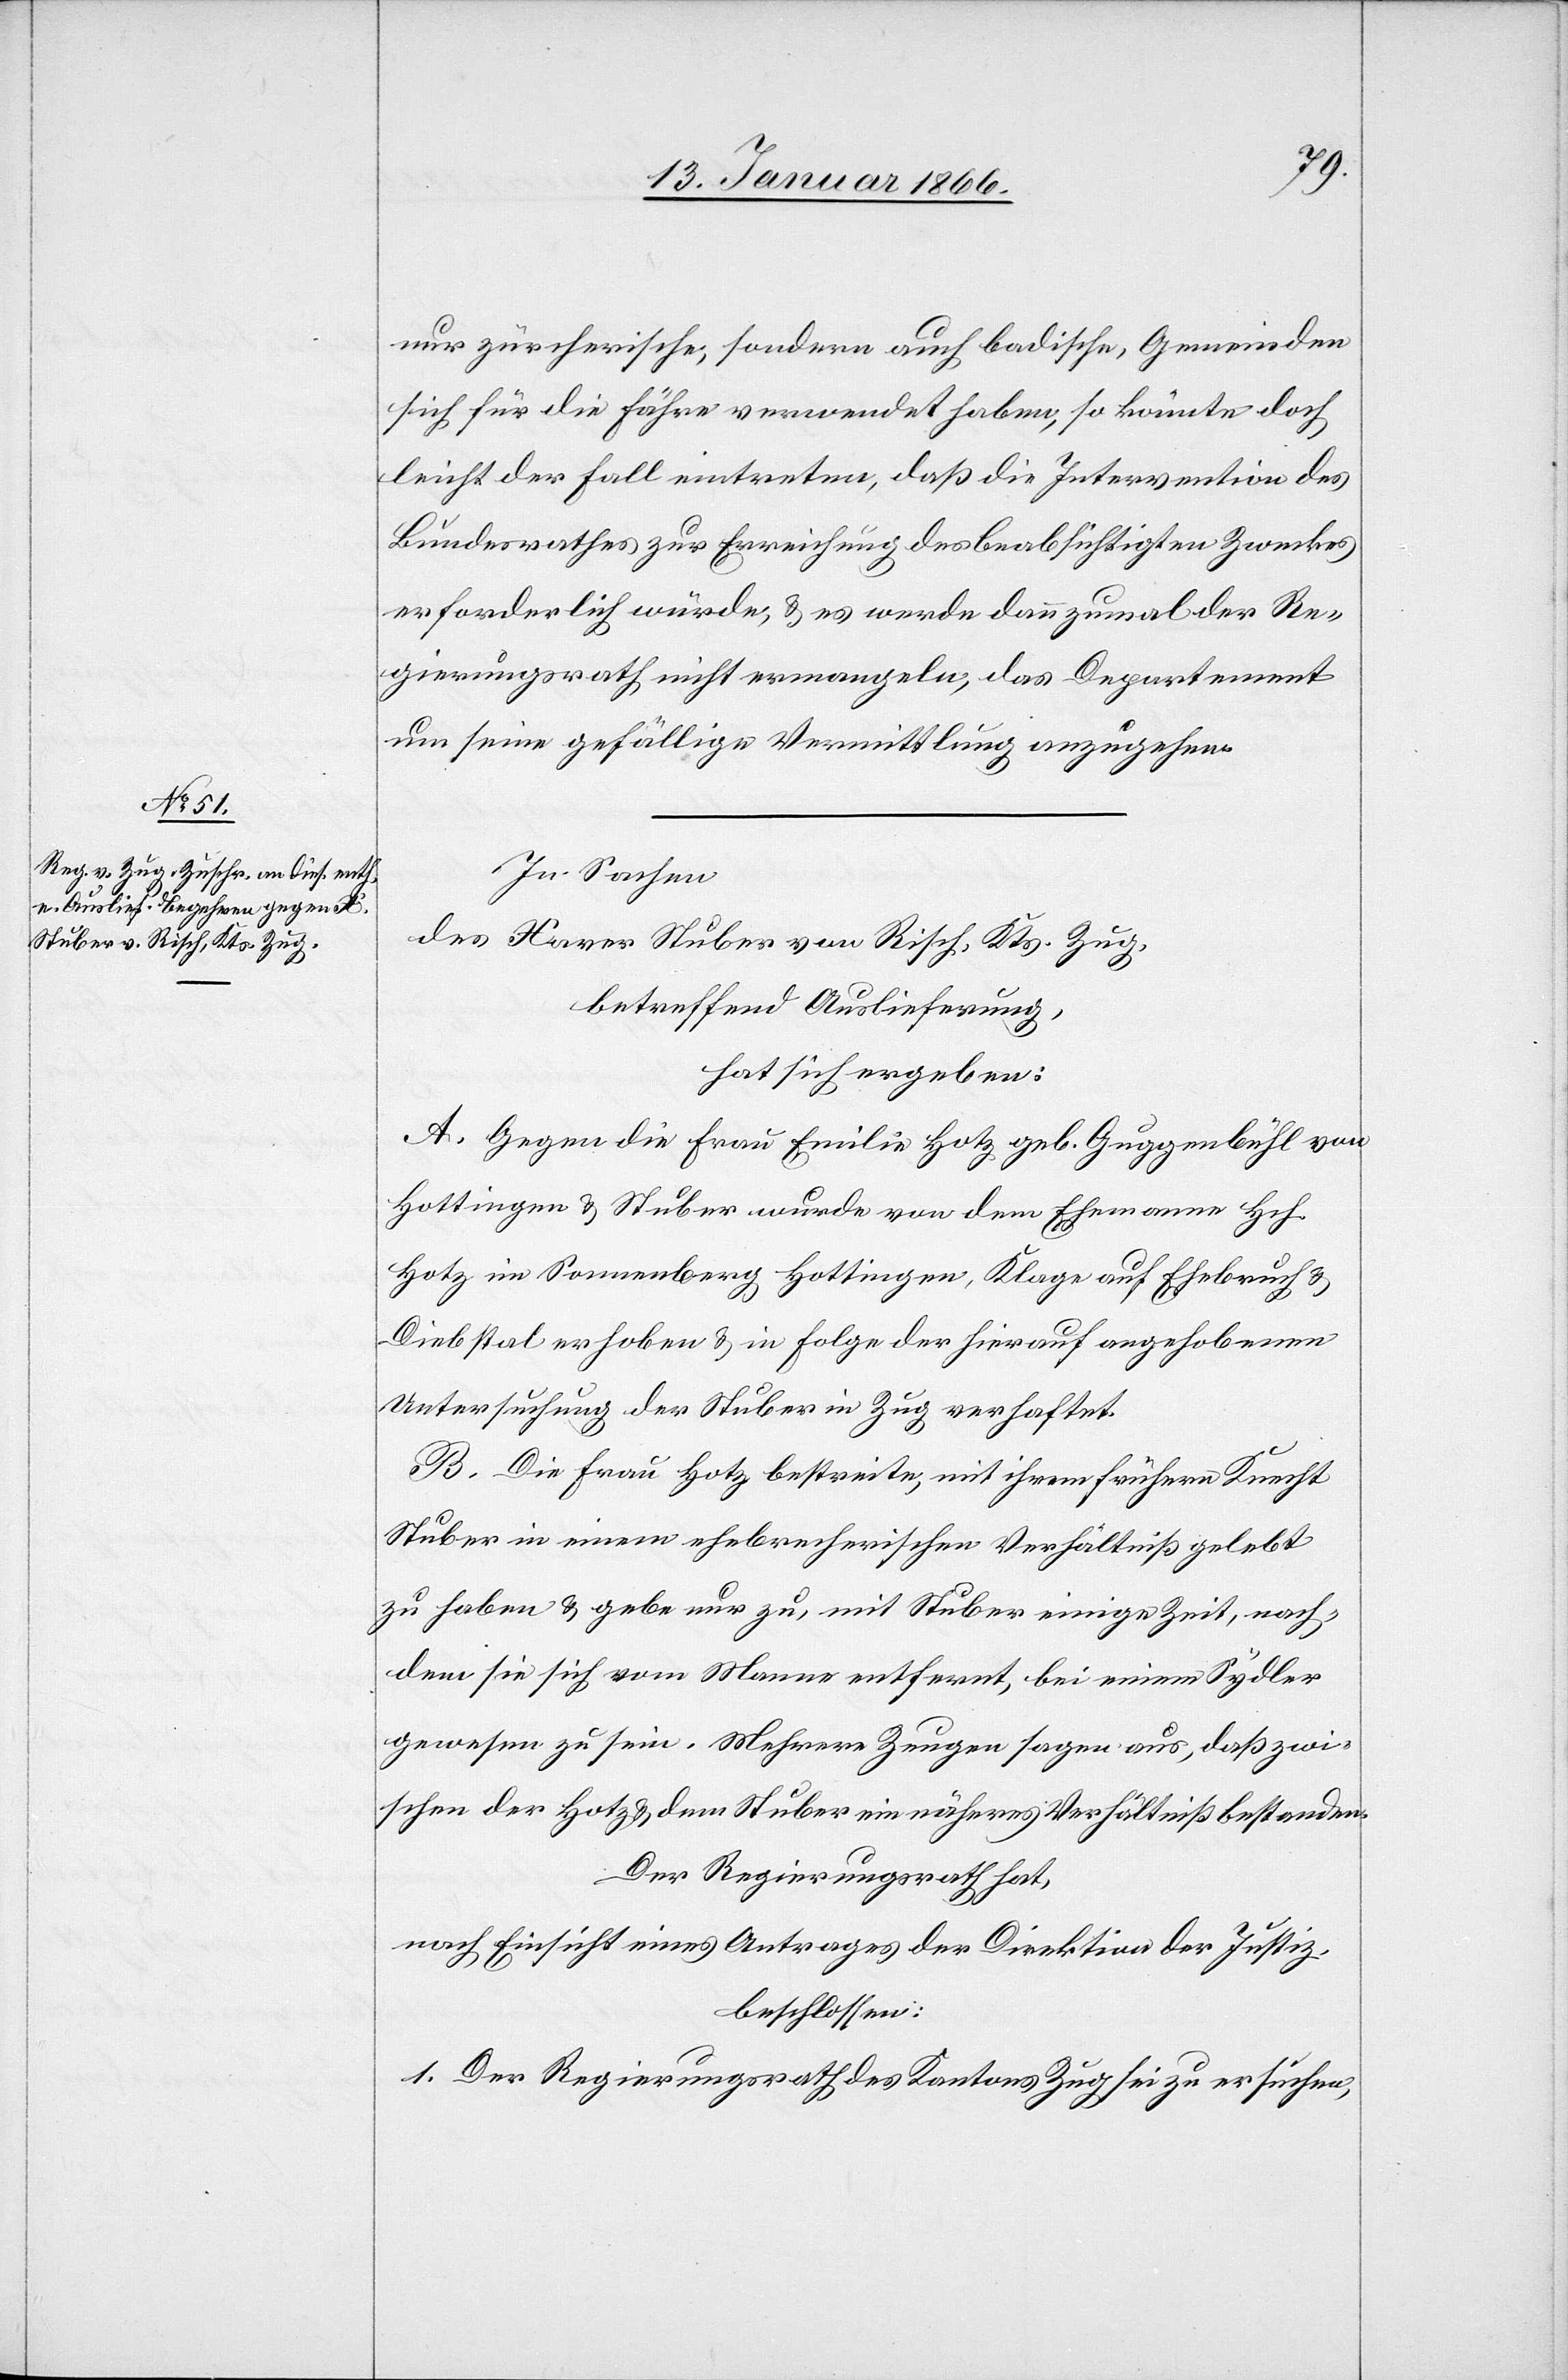
nur zürcherische, sondern auch badische Gemeinden
sich für die Fähre verwendet haben, so könnte doch
leicht der Fall eintreten, daß die Intervention des
Bundesrathes zur Erreichung des beabsichtigten Zweckes
erforderlich würde, u. es werde dannzumal der Re¬
gierungsrath nicht ermangeln, das Departement
um seine gefällige Vermittlung anzugehen.
In Sachen
des Xaver Stuber von Risch, Kts. Zug,
betreffend Auslieferung,
hat sich ergeben:
A. Gegen die Frau Emilie Hotz, geb. Guggenbühl von
Hottingen u. Stuber wurde von dem Ehemann Hch.
Hotz in Sonnenberg Hottingen, Klage auf Ehebruch u.
Diebstahl erhoben u. in Folge der hierauf angehobenen
Untersuchung der Stuber in Zug verhaftet.
B. Die Frau Hotz bestreite, mit ihrem frühern Knecht
Stuber in einem ehebrecherischen Verhältniß gelebt
zu haben u. gebe nur zu, mit Stuber einige Zeit, nach¬
dem sie sich vom Manne entfernt, bei einem Sydler
gewesen zu sein. Mehrere Zeugen sagen aus, daß zwi¬
schen der Hotz u. dem Stuber ein näheres Verhältniß bestanden.
Der Regierungsrath hat,
nach Einsicht eines Antrages der Direktion der Justiz,
beschlossen:
1. Der Regierungsrath des Kantons Zug sei zu ersuchen,